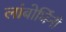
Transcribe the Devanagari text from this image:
लांबोर्घिनी